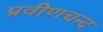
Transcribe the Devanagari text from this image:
प्रवीणचन्द